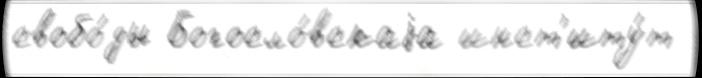
свобо́ды Богосло́вскаjа инст'иту́т